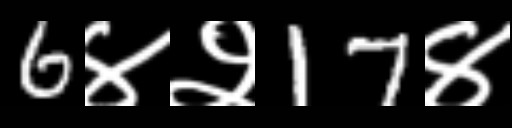
Text: 6४२17४